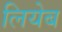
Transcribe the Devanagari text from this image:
लियेब